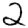
Digit: 2